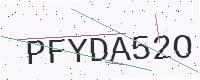
Text: PFYDA52O